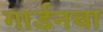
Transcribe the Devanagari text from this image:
गार्डनचा